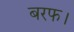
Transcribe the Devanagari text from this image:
बरफ।